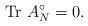
LaTeX: \begin{align*} \textrm{Tr} \ A^{{\circ}}_N=0.\end{align*}